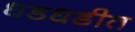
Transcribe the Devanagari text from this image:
धडधडीत